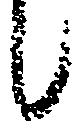
候